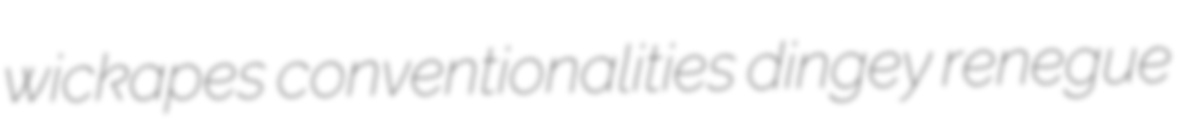
wickapes conventionalities dingey renegue